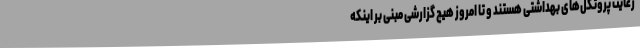
رعایت پروتکل‌های بهداشتی هستند و تا امروز هیچ گزارشی مبنی بر اینکه